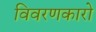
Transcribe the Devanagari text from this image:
विवरणकारो